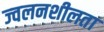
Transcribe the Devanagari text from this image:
ज्‍वलनशीलता